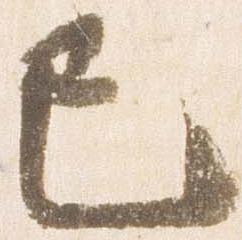
巳